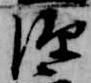
源